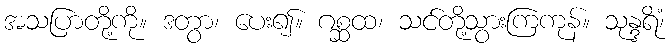
အသပြာတို့ကို။ ဒတွာ၊ ပေး၍။ ဂစ္ဆထ၊ သင်တို့သွားကြကုန်။ သုန္ဒရိံ၊